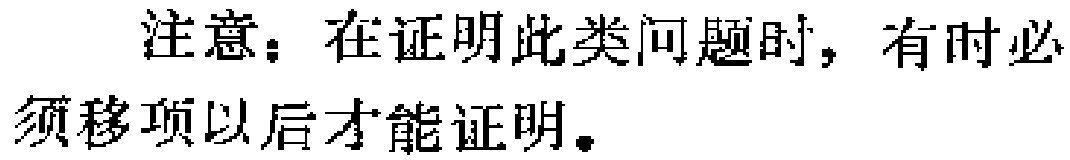
注意：在证明此类问题时，有时必须移项以后才能证明。